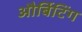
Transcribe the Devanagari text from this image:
और्बिटिंग